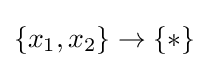
\{x_{1},x_{2}\}\to \{*\}